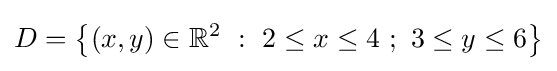
D=\left\{(x,y)\in \mathbb {R} ^{2}\ :\ 2\leq x\leq 4\ ;\ 3\leq y\leq 6\right\}